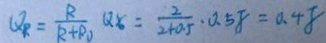
Q _ { R } = \frac { R } { R + R _ { 0 } } Q x _ { 0 } = \frac { 2 } { 2 + 0 . 5 } \cdot 0 . 5 8 = 0 . 4 8